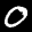
Label: 0